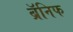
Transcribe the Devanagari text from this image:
ब्रॅनिफ